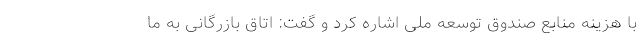
با هزینه منابع صندوق توسعه ملی اشاره کرد و گفت: اتاق بازرگانی به ما